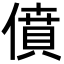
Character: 僨